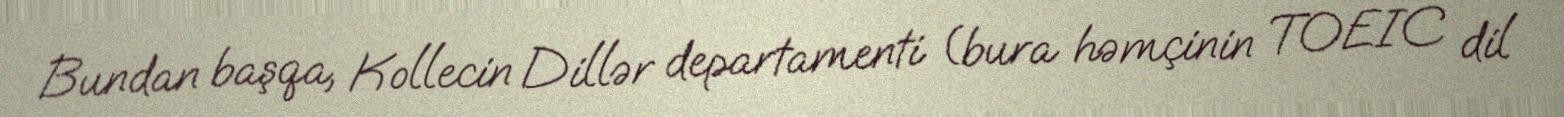
Bundan başqa, Kollecin Dillər departamenti (bura həmçinin TOEIC dil